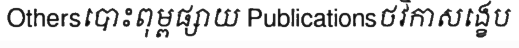
Othersបោះពុម្ពផ្សាយ Publicationsថវិកាសង្ខេប